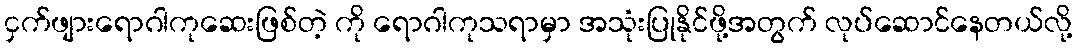
ငှက်ဖျားရောဂါကုဆေးဖြစ်တဲ့ ကို ရောဂါကုသရာမှာ အသုံးပြုနိုင်ဖို့အတွက် လုပ်ဆောင်နေတယ်လို့